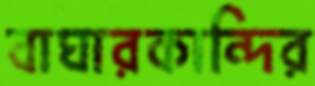
বাঘারকান্দির